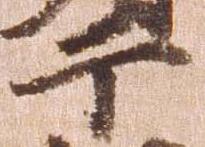
于